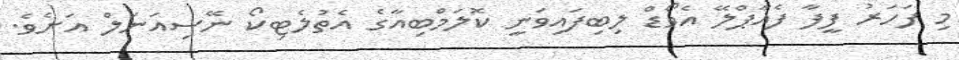
މި ފަހަރު ފީފާ ފެއާޕްލޭ އެވޯޑް ލިބިފައިވަނީ ކޮލަމްބިއާގެ އެތުލެޓިކޯ ނޭސިއަނަލް އަށެވެ.